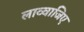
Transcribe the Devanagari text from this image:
लाव्वाजिए